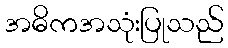
အဓိကအသုံးပြုသည်